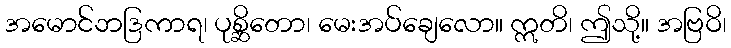
အမောင်ဘဒြကာရ၊ ပုစ္ဆိတော၊ မေးအပ်ချေလော။ ဣတိ၊ ဤသို့။ အဗြဝိ၊